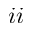
i i